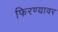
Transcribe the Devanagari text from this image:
फिरण्यावर